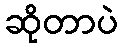
ဆိုတာပဲ